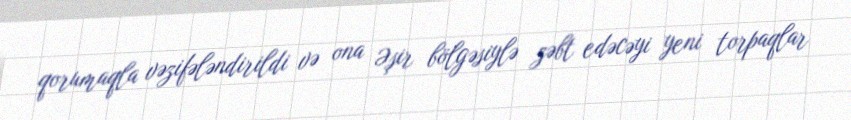
qorumaqla vəzifələndirildi və ona Əşir bölgəsiylə zəbt edəcəyi yeni torpaqlar